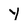
Character: y